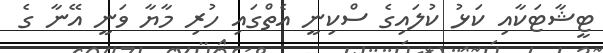
ޓީޝާޓަކާއި ކަޅު ކުލައިގެ ސްކިނީ އެތްގައި ހުރި މާޔާ ވަނީ އޭނާ ގެ